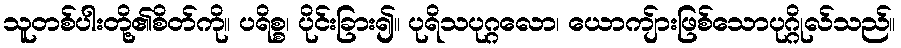
သူတစ်ပါးတို့၏စိတ်ကို။ ပရိစ္စ၊ ပိုင်းခြား၍။ ပုရိသပုဂ္ဂလော၊ ယောကျ်ားဖြစ်သောပုဂ္ဂိုလ်သည်။